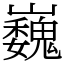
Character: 巍